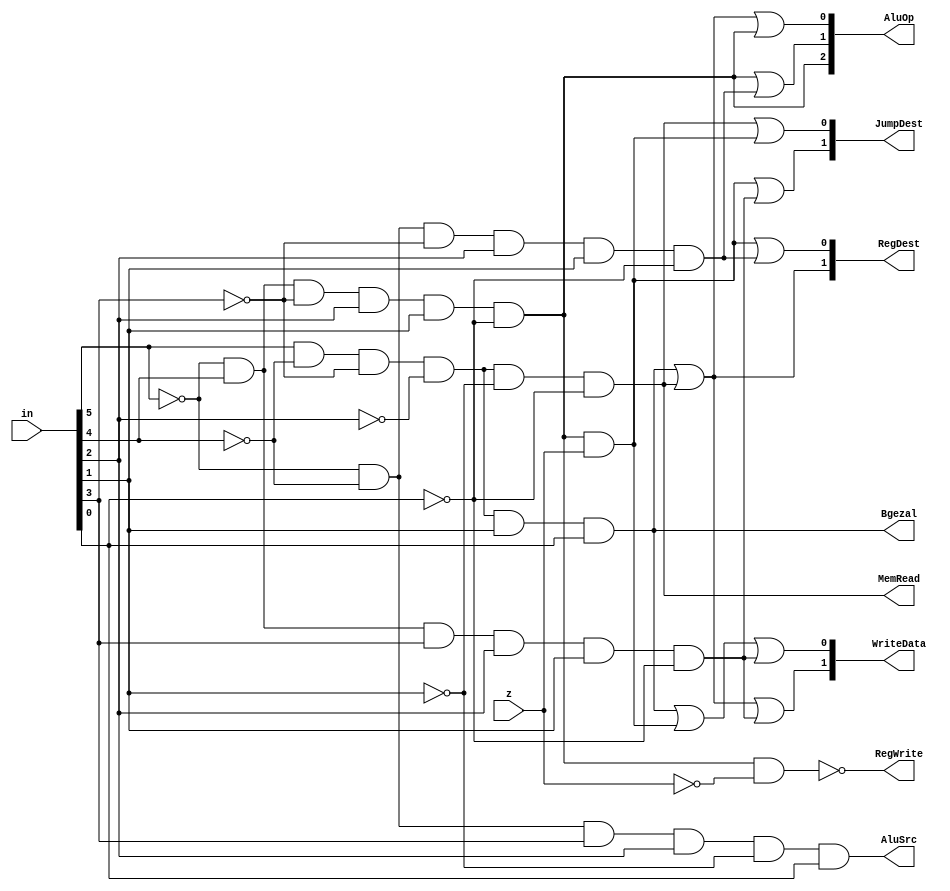
module control(in,z,Bgezal,MemRead,AluSrc,RegWrite,RegDest,JumpDest,WriteData,AluOp);
input [5:0] in;
input z;
output Bgezal,MemRead,AluSrc,RegWrite;
output [1:0] RegDest,JumpDest,WriteData;
output [2:0] AluOp;
wire bgezal,jmadd,balrz,ori,jpc,srlv;

assign bgezal=(in[5])&(~in[4])&(~in[3])&(~in[2])&(in[1])&(in[0]);   //bgezal    100011
assign jmadd=(in[5])&(~in[4])&(~in[3])&(~in[2])&(~in[1])&(~in[0]);  //jmadd     100000
assign balrz=(~in[5])&(in[4])&(~in[3])&(in[2])&(in[1])&(~in[0]);    //balrz     010110
assign ori=(~in[5])&(~in[4])&(in[3])&(in[2])&(~in[1])&(in[0]);      //ori       001101
assign jpc=(~in[5])&(in[4])&(in[3])&(in[2])&(in[1])&(~in[0]);       //jpc       011110
assign srlv=(~in[5])&(~in[4])&(~in[3])&(in[2])&(in[1])&(~in[0]);    //srlv      000110

assign RegDest[1]=bgezal|jmadd;
assign RegDest[0]=(balrz&z)|srlv;
assign AluOp[2]=balrz;
assign AluOp[1]=balrz|srlv;
assign AluOp[0]=bgezal|jmadd|balrz;
assign JumpDest[1]=(balrz&z)|jpc;
assign JumpDest[0]=jmadd|(balrz&z);
assign Bgezal=bgezal;
assign WriteData[1]=bgezal|jmadd|jpc;
assign WriteData[0]=bgezal|(balrz&z)|jpc;
assign MemRead=jmadd;
assign AluSrc=ori;
assign RegWrite=(~(balrz&~z));

endmodule